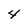
Character: 4